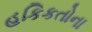
હકિકતોના